Report on vaccination in Madras 1922-1929 - 1922-1929
Year: 1922
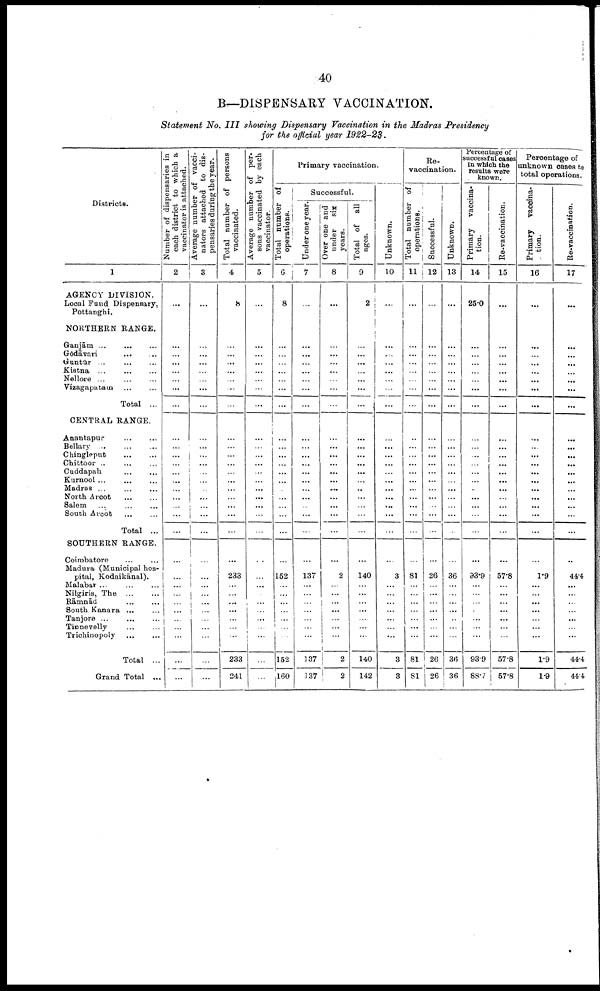
40
B—DISPENSARY VACCINATION.
Statement No. III showing Dispensary Vaccination in the Madras Presidency
for the official year 1922-23.
Districts.
1
AGENCY DIVISION.
Local Fund Dispensary,
Pottanghi.
NORTHERN BANGS.
Ganjām ...
...
...
Gōdāvari
...
...
Guntūr
...
...
...
Kistna
...
...
...
Nellore ...
...
...
Vizagapatam ... ... ...
Total ...
CENTRAL RANGE.
Anantapur ... ...
Bellary
...
...
...
Chingleput
...
...
Chittoor ... ... ...
Cuddapah ... ...
Kurnool
...
...
...
Madras
...
...
...
North Arcot
... ...
Salem
...
...
...
South Arcot
...
...
Total ...
SOUTHERN RANGE.
Coimbatore ... ...
Madura (Municipal hos
pital, Kodaikānal).
Malabar
...
...
...
Nilgiris, The
...
...
Rāmnād
...
...
South Kanara ... ...
Tanjore ... ...
Tinnevelly ... ...
Trichinopoly
...
...
Total ...
Grand Total ...
Number of dispensaries in
each district to which a
vaccinator is attached.
2
...
...
...
...
...
...
...
...
...
...
...
...
...
...
...
...
...
...
...
...
...
...
...
...
...
...
...
...
...
...
...
Average number of vacci-
nators attached to dis
pensaries during the year.
3
...
...
...
...
...
...
...
...
...
...
...
...
...
...
...
...
...
...
...
...
...
...
...
...
...
...
...
...
...
...
...
Total number of persons
vaccinated.
4
8
...
...
...
...
...
...
...
...
...
...
...
...
...
...
...
...
...
...
...
...
233
...
...
...
...
...
...
...
233
241
Average number of per
sons vaccinated by each
vaccinator.
5
...
...
...
...
...
...
...
...
...
...
...
...
...
...
...
...
...
...
...
...
...
...
...
...
...
...
...
...
...
...
...
Primary vaccination.
Total number of
operations.
6
8
...
...
...
...
...
...
...
...
...
...
...
...
...
...
...
...
...
...
...
...
152
...
...
...
...
...
...
...
152
160
Successful.
Under one year.
7
...
...
...
...
...
...
...
...
...
...
...
...
...
...
...
...
...
...
...
...
...
137
...
...
...
...
...
...
...
137
137
Over one and
under
six
years.
8
...
...
...
...
...
...
...
...
...
...
...
...
...
...
...
...
...
...
...
...
...
2
...
...
...
...
...
...
...
2
2
Total of all
ages.
9
2
...
...
...
...
...
...
...
...
...
...
...
...
...
...
...
...
...
...
...
...
140
...
...
...
...
...
...
...
140
142
Unknown.
10
...
...
...
...
...
...
...
...
...
...
...
...
...
...
...
...
...
...
...
...
...
3
...
...
...
...
...
...
...
3
3
Re¬
vaccination.
Total number of
operations.
11
...
...
...
...
...
...
...
...
...
...
...
...
...
...
...
...
...
...
...
...
...
81
...
...
...
...
...
...
...
81
81
Successful.
12
...
...
...
...
...
...
...
...
...
...
...
...
...
...
...
...
...
...
...
...
...
26
...
...
...
...
...
...
...
26
26
Unknown.
13
...
...
...
...
...
...
...
...
...
...
...
...
...
...
...
...
...
...
...
...
...
36
...
...
...
...
...
...
...
36
36
Percentage of
successful cases
in which the
results were
known.
Primary
vaccina
tion.
14
25.0
...
...
...
...
...
...
...
...
...
...
...
...
...
...
...
...
...
...
...
...
93.9
...
...
...
...
...
...
...
93.9
88.7
Re-vaccination.
15
...
...
...
...
...
...
...
...
...
...
...
...
...
...
...
...
...
...
...
...
...
57.8
...
...
...
...
...
...
...
57.8
57.8
Percentage of
unknown oases to
total operations.
Primary
vaccina
tion.
16
...
...
...
...
...
...
...
...
...
...
...
...
...
...
...
...
...
...
...
...
...
1.9
...
...
...
...
...
...
...
1.9
1.9
Re-vaccination.
17
...
...
...
...
...
...
...
...
...
...
...
...
...
...
...
...
...
...
...
...
...
44.4
...
...
...
...
...
...
...
44.4
44.4